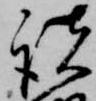
諸